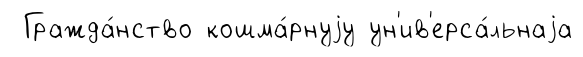
Гражда́нство кошма́рнуjу ун'ив'ерса́льнаjа